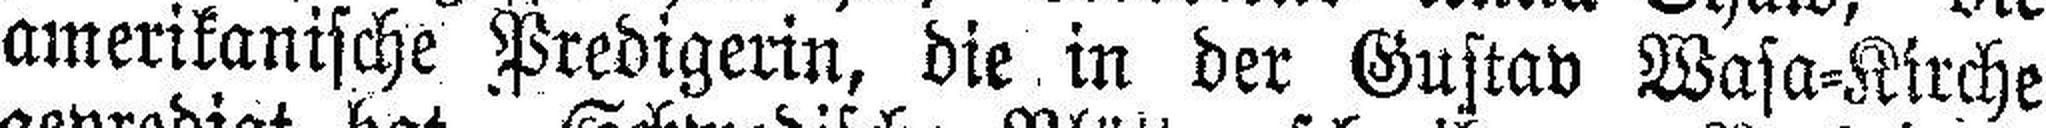
amerikanische Predigerin, die in der Gustav Wasa=Kirche